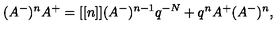
( A ^ { - } ) ^ { n } A ^ { + } = [ [ n ] ] ( A ^ { - } ) ^ { n - 1 } q ^ { - N } + q ^ { n } A ^ { + } ( A ^ { - } ) ^ { n } ,